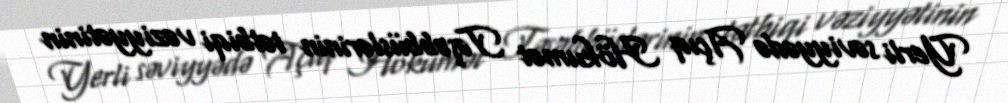
Yerli səviyyədə Açıq Hökumət Təşəbbüslərinin tətbiqi vəziyyətinin